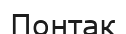
Понтак